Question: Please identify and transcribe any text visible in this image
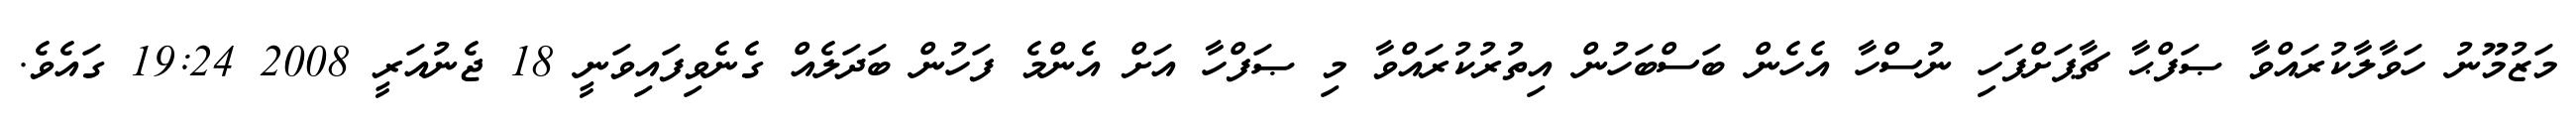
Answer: މަޒުމޫނު ހަވާލާކުރައްވާ ޞަފްޙާ ޗާޕަށްފަހި ނުސްހާ އެހެން ބަސްބަހުން އިތުރުކުރައްވާ މި ޞަފްހާ އަށް އެންމެ ފަހުން ބަދަލެއް ގެނެވިފައިވަނީ 18 ޖެނުއަރީ 2008 19:24 ގައެވެ.